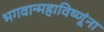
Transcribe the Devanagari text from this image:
भगवान्महाविष्णूंना